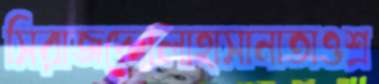
সিরাজদ্দোলাহাসানাতাওশ্র